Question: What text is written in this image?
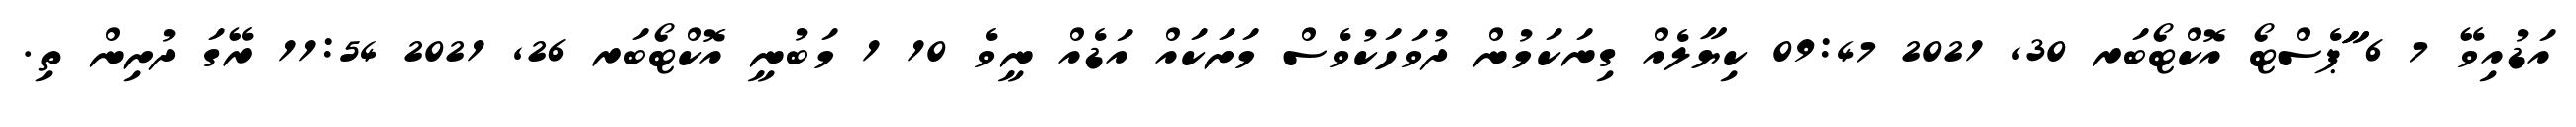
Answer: އަޑުއިވޭ 7 6 ާަަާޕެސްޓޯ އޮކްޓޯބަރ 30, 2021 09:47 ކިޔާލެއް ގިނަކަމުން ދުވަހަކުވެސް މަށަކައް އަޑެއް ނީވެ 10 1 މަބުނީ އޮކްޓޯބަރ 26, 2021 11:54 ރޭގަ ދުށިން ތި.